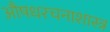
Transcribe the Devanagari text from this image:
औषधरचनाशास्त्र